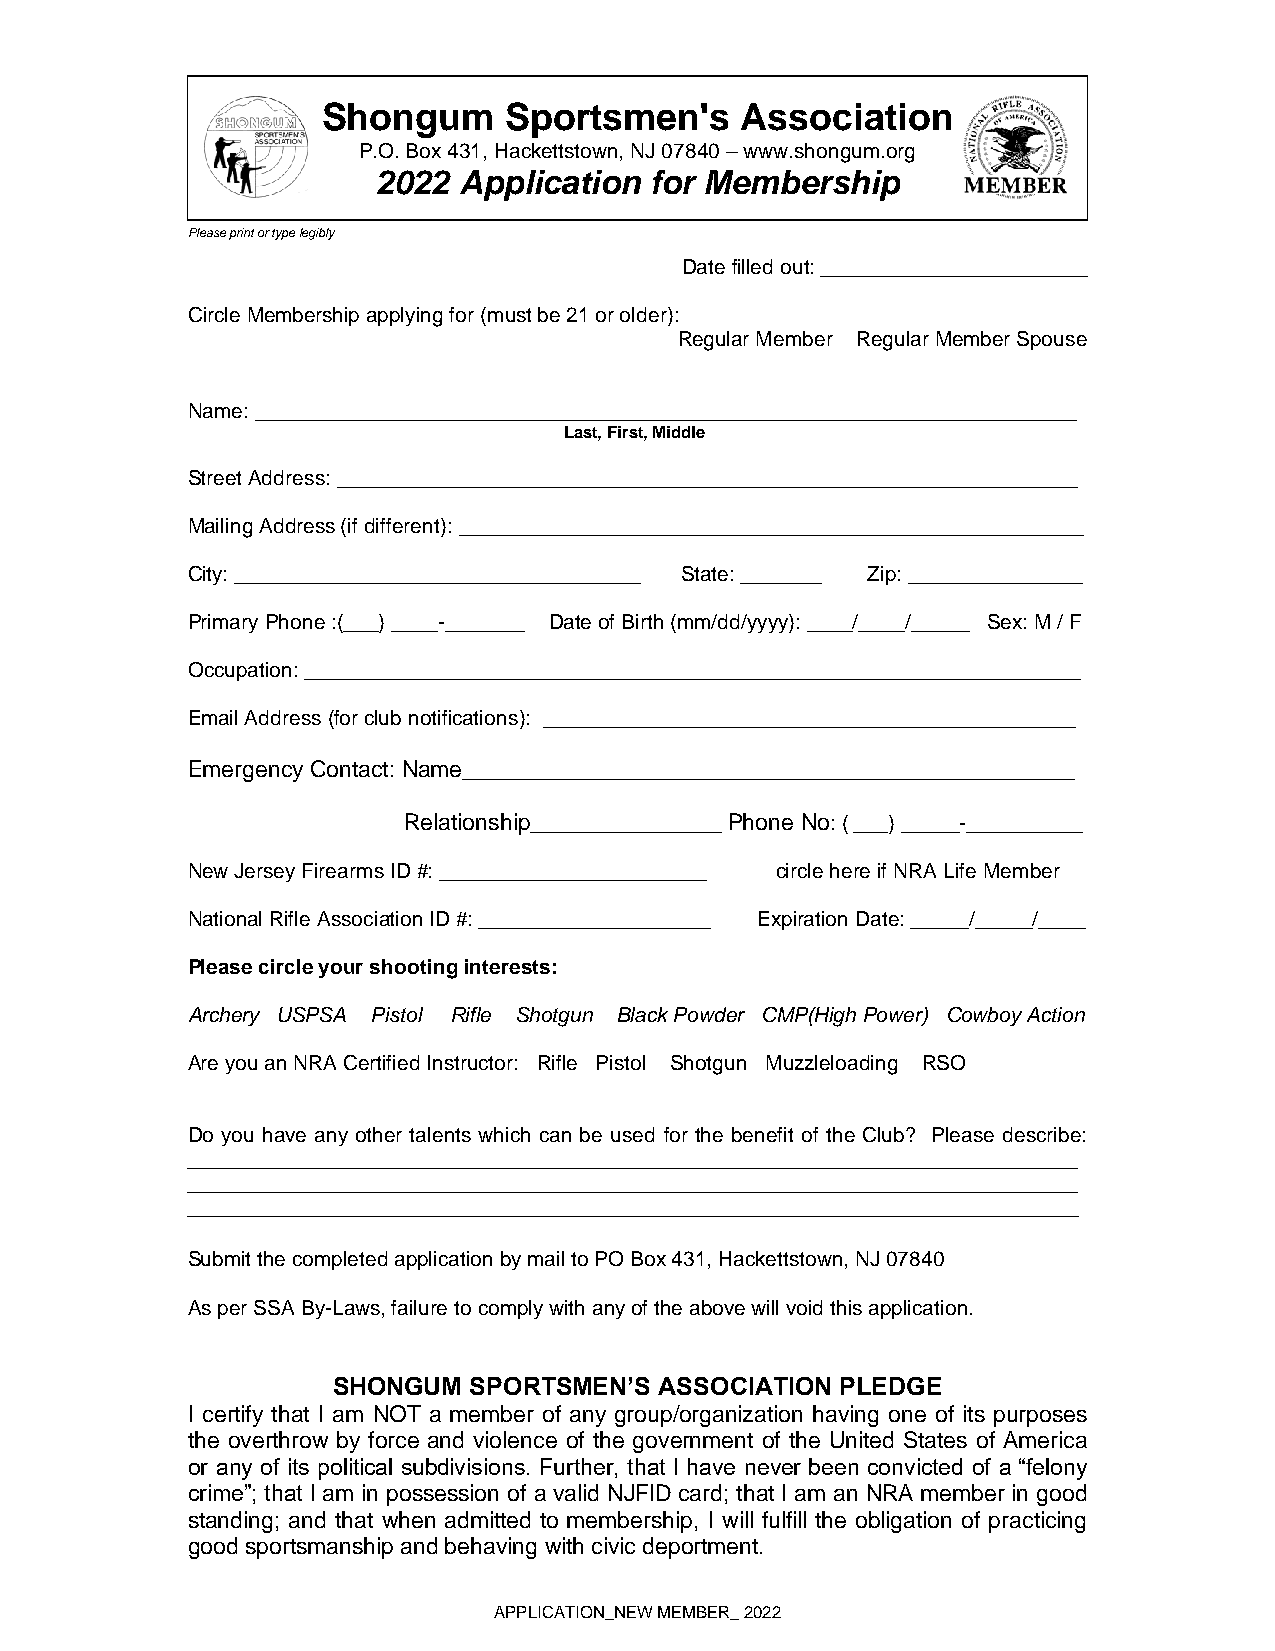
Shongum     Sportsmen's     Association
 P.O. Box 431, Hackettstown, NJ 07840 – www.shongum.org
 2022 Application  for Membership
 Please print or type legibly
 Date filled out: _______________________
 Circle Membership applying for (must be 21 or older):
 Regular Member Regular Member Spouse
 Name: _______________________________________________________________________
 Last, First, Middle
 Street Address: ________________________________________________________________
 Mailing Address (if different): ______________________________________________________
 City: ___________________________________ State: _______ Zip: _______________
 Primary Phone :(___) ____-_______ Date of Birth (mm/dd/yyyy): ____/____/_____ Sex: M / F
 Occupation: ___________________________________________________________________
 Email Address (for club notifications): ______________________________________________
 Emergency Contact: Name________________________________________________
 Relationship_______________ Phone No: ( ___) _____-__________
 New Jersey Firearms ID #: _______________________ circle here if NRA Life Member
 National Rifle Association ID #: ____________________ Expiration Date: _____/_____/____
 Please circle your shooting interests:
 Archery USPSA Pistol Rifle Shotgun Black Powder CMP(High Power) Cowboy Action
 Are you an NRA Certified Instructor: Rifle Pistol Shotgun Muzzleloading RSO
 Do you have any other talents which can be used for the benefit of the Club? Please describe:
 _____________________________________________________________________________
 _____________________________________________________________________________
 _____________________________________________________________________________
 Submit the completed application by mail to PO Box 431, Hackettstown, NJ 07840
 As per SSA By-Laws, failure to comply with any of the above will void this application.
 SHONGUM  SPORTSMEN’S  ASSOCIATION PLEDGE
 I certify that I am NOT a member of any group/organization having one of its purposes
 the overthrow by force and violence of the government of the United States of America
 or any of its political subdivisions. Further, that I have never been convicted of a “felony
 crime”; that I am in possession of a valid NJFID card; that I am an NRA member in good
 standing; and that when admitted to membership, I will fulfill the obligation of practicing
 good sportsmanship and behaving with civic deportment.
 APPLICATION_NEW MEMBER_ 2022